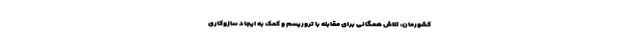
کشورمان، تلاش همگانی برای مقابله با تروریسم و کمک به ایجاد سازوکاری